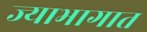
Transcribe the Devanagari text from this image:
ज्याभागात